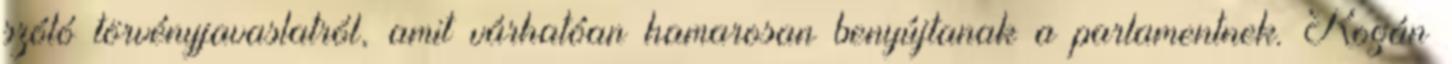
szóló törvényjavaslatról, amit várhatóan hamarosan benyújtanak a parlamentnek. Rogán